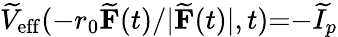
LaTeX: \widetilde{V}_{\mathrm{eff}}({-}r_{0}\widetilde{\mathbf{F}}(t)/|\widetilde{\mathbf{F}}(t)|,t){=}{-}\widetilde{I}_{p}